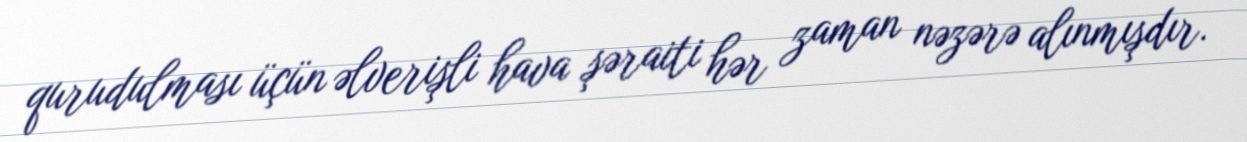
qurudulması üçün əlverişli hava şəraiti hər zaman nəzərə alınmışdır.